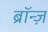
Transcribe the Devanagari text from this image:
ब्रॉन्ज़